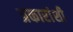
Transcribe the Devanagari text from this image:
प्रकारांशी